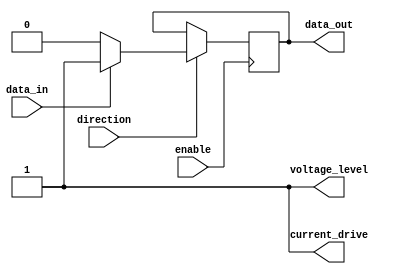
module IO_Block (
    input wire data_in,
    output reg data_out,
    input wire enable,
    input wire direction,
    output wire voltage_level,
    output wire current_drive
    );
    
    // CMOS inverter implementation
    assign voltage_level = 1'b1;
    assign current_drive = 1'b1;
    
    always @ (posedge enable) begin
        if (direction) begin
            if (data_in) begin
                data_out <= 1'b1;
            end else begin
                data_out <= 1'b0;
            end
        end
    end
    
endmodule